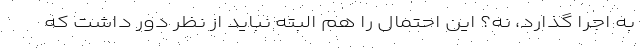
به اجرا گذارد، نه؟ این احتمال را هم البته نباید از نظر دور داشت که